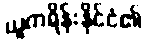
ယူကရိန်းနိုင်ငံ၏